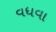
વધવા